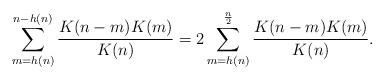
LaTeX: \begin{align*}\sum_{m=h(n)}^{n-h(n)}\frac{K(n-m)K(m)}{K(n)}=2\sum_{m=h(n)}^{\frac{n}{2}}\frac{K(n-m)K(m)}{K(n)}.\end{align*}